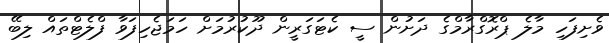
ވެށިފަހި މާލެ ޕްރޮގްރާމްގެ ދަށުން ސީ ކެޓަގަރީން ދޫކުރުމަށް ހަމަޖެހިފަވާ ފްލެޓްތައް ލިބޭ